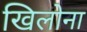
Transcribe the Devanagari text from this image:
खिलोना